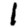
Digit: 1